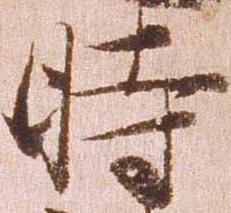
時